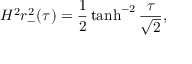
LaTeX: H ^ { 2 } r _ { - } ^ { 2 } ( \tau ) = \frac { 1 } { 2 } \operatorname { t a n h } ^ { - 2 } \frac { \tau } { \sqrt { 2 } } ,